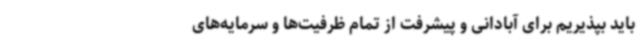
باید بپذیریم برای آبادانی و پیشرفت از تمام ظرفیت‌ها و سرمایه‌های